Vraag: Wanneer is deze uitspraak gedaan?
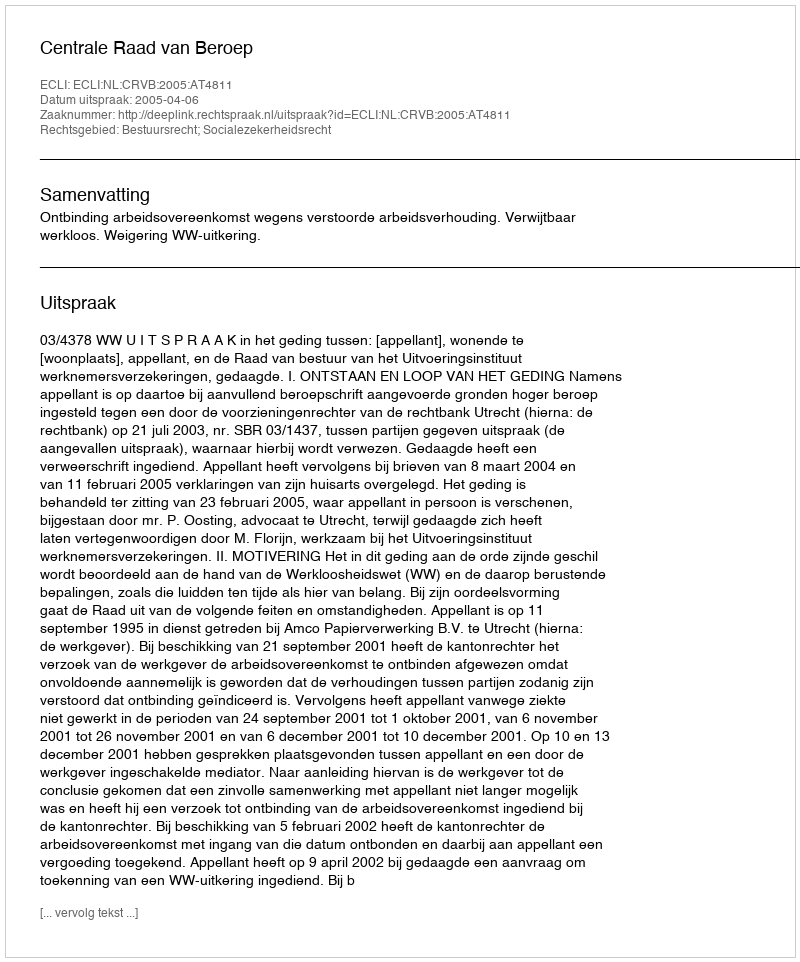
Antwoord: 2005-04-06